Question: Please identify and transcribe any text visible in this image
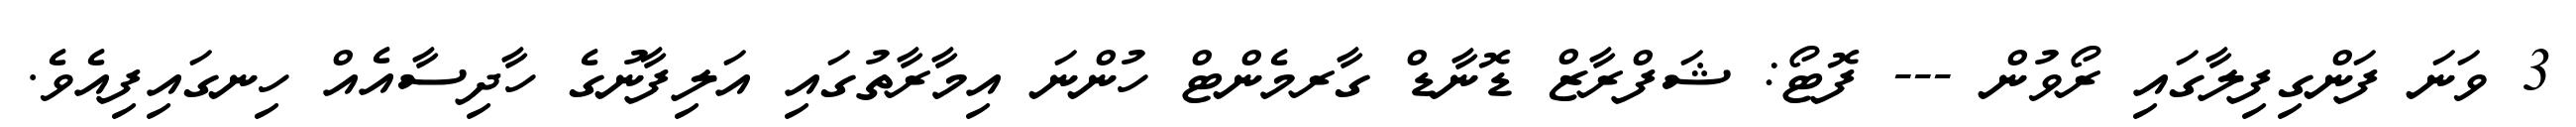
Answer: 3 ވަނަ ފަންގިފިލާގައި ރޯވުން --- ފޮޓޯ: ޝަފްރާޒް ޑޮނާޑް ގާރމެންޓް ހުންނަ އިމާރާތުގައި އަލިފާނުގެ ހާދިސާއެއް ހިނގައިފިއެވެ.